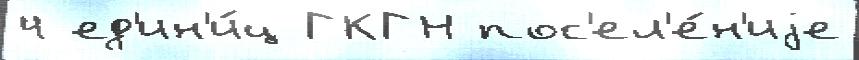
4 ед'ин'и́ц ГКГН пос'ел'е́н'иjе